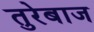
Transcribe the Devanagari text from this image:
तुरेबाज